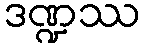
ဒဏ္ဍဿ